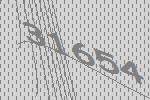
31654